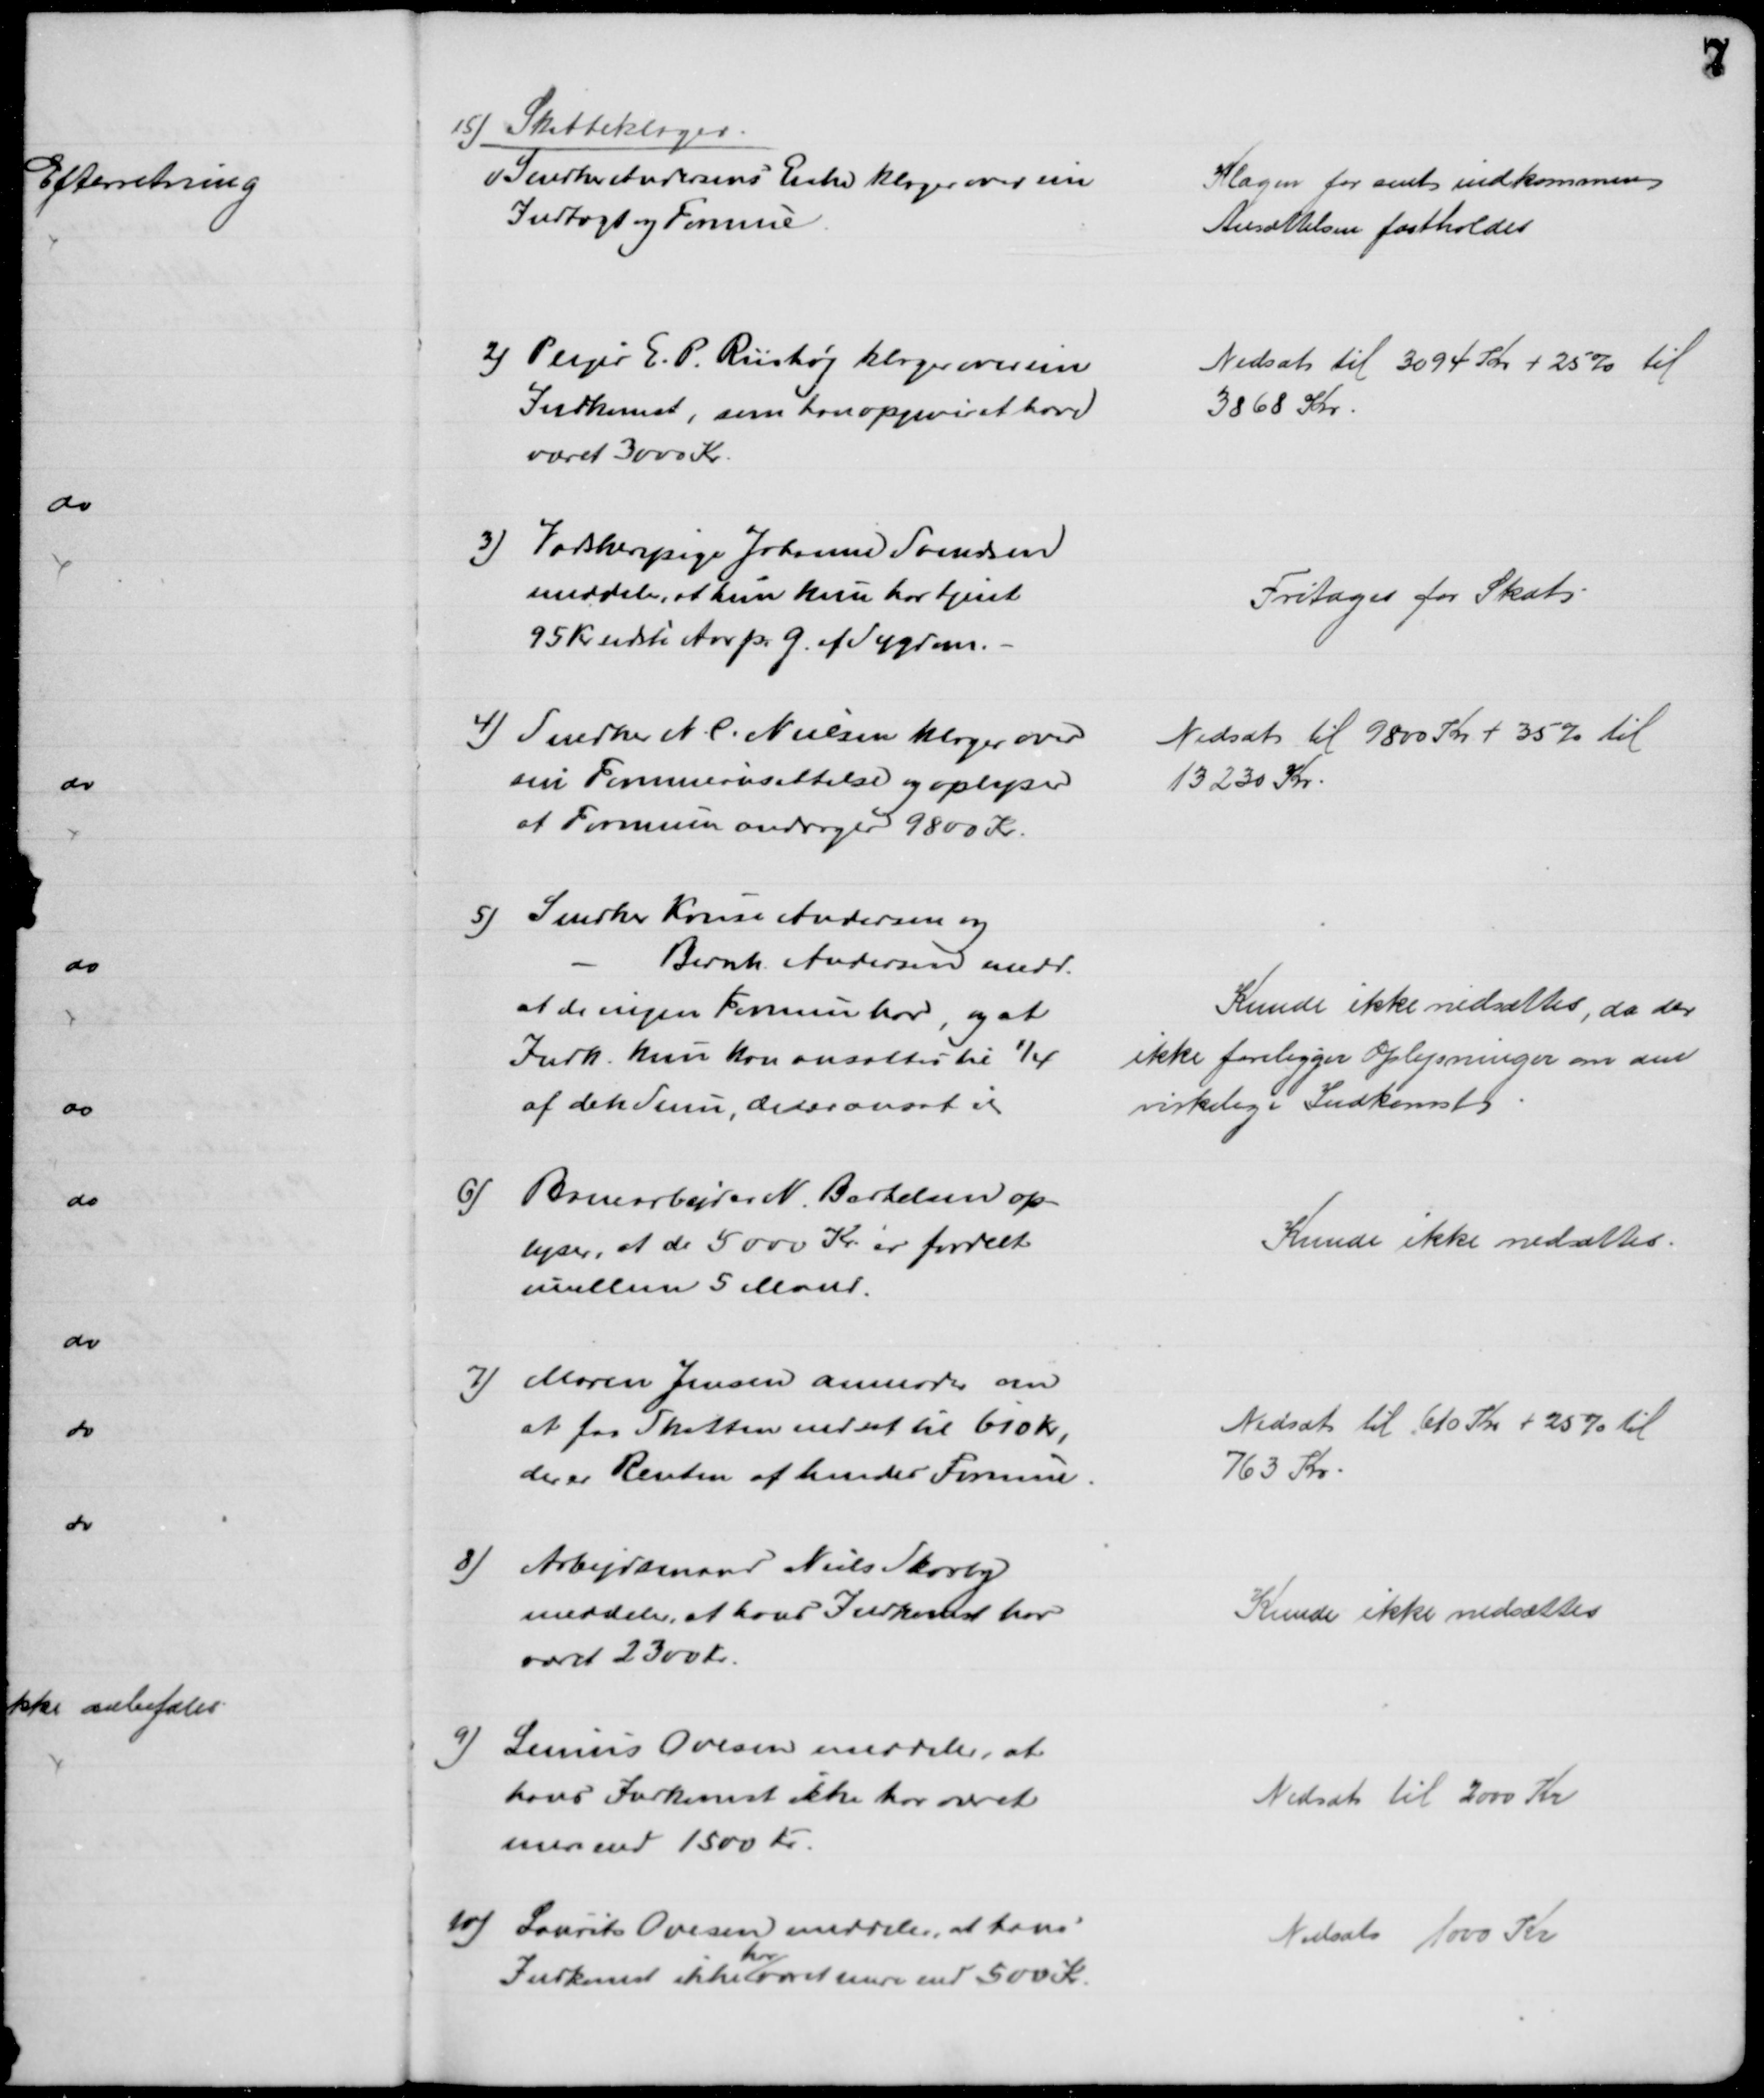
Transskription:
15) Skatteklager
1) Snedker Andersens Enke klager over sin
Indtægt og Formue
Klagen for sent indkommen
Ansættelsen fastholdes
2) Plejer E. P. Riishøj klager over sin
Indkomst, som han opgiver at have
været 3000 Kr.
Nedsat til 3094 Kr + 25 % til
3868 Kr.
3) Vadskeripige Johanne Svendsen
meddeler, at hun kun har tjent
95 Kr sidste Aar p. G. af Sygdom.
Fritoges for Skat
4) Snedker N. C. Nielsen klager over
sin Formueansættelse og oplyser
at Formuen andrager 9800 Kr.
Nedsat til 9800 Kr + 35 % til
13230 Kr.
5) Snedker Kruse Andersen og
Bernh. Andersen medd.
at de ingen Formue har, og at
Indk. kun kan ansættes til ¼
af den Sum, de er ansat til
Kunde ikke nedsættes, da der
ikke foreligger Oplysninger om den
virkelige Indkomst
6) Banearbejder N. Bertelsen op-
lyser, at de 5000 Kr. er fordelt
mellem 5 Mand.
Kunde ikke nedsættes.
7) Maren Jensen anmoder om
at faa Skatten nedsat til 610 Kr,
der er Renten af hendes Formue
Nedsat til 610 Kr + 25 % til
763 Kr.
8) Arbejdsmand Niels Skovby
meddeler, at hans Indkomst har 
været 2300 Kr.
Kunde ikke nedsættes
9)
Lenius Ovesen meddeler, at
hans Indkomst ikke har været
mere end 1500 Kr
Nedsat til 2000 Kr
10) Laurits Ovesen meddeler, at hans
Indkomst ikke
har
været mere end 500 Kr.
Nedsat 1000 Kr